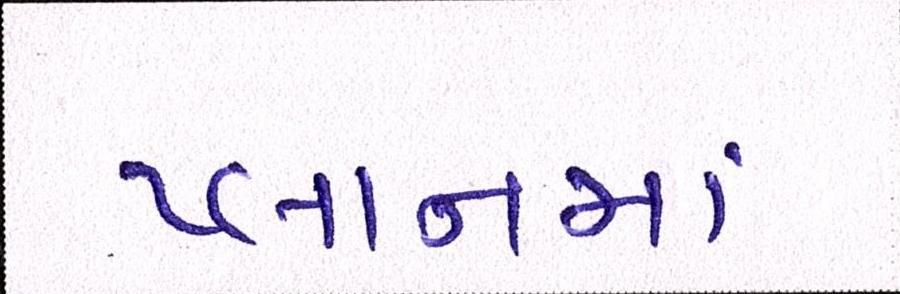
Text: પ્લાનમાં